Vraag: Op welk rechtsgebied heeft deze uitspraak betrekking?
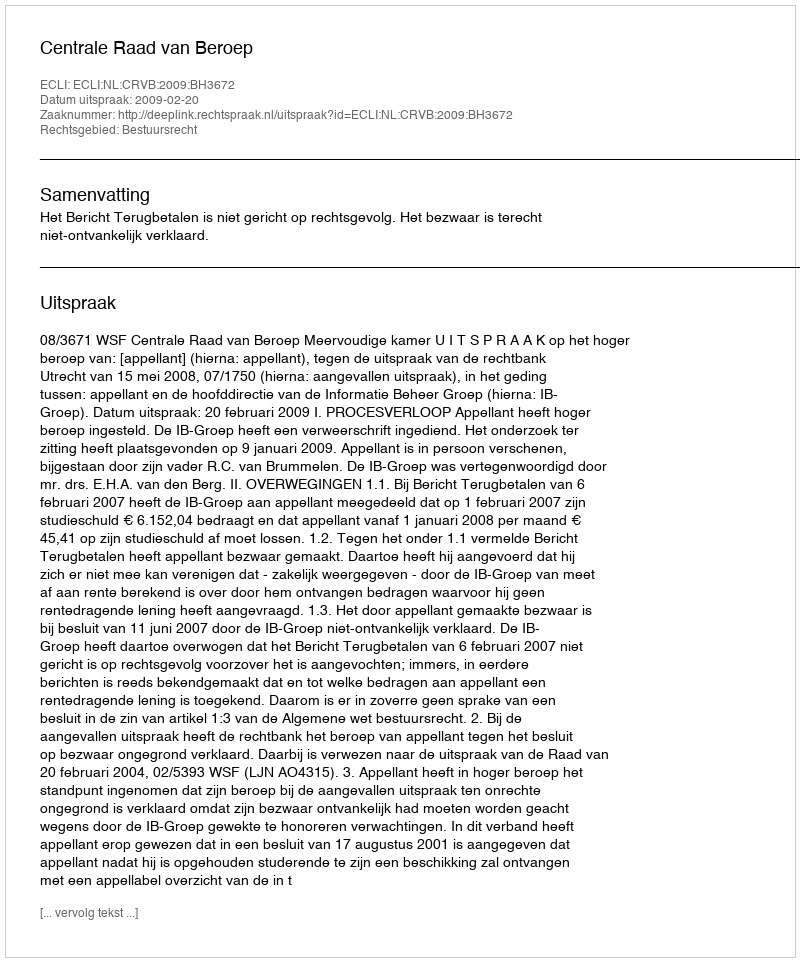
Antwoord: Bestuursrecht